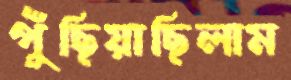
পুঁছিয়াছিলাম